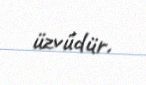
üzvüdür.